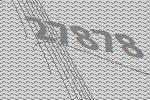
27878